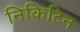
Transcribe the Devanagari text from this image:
निकिटिन